Indian journal of veterinary science and animal husbandry - Volume 2,
Year: 1932
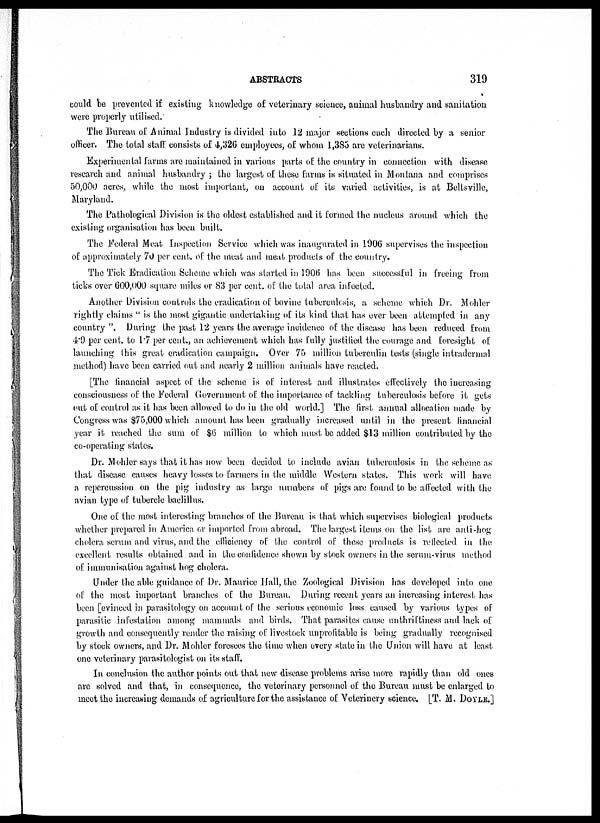
ABSTRACTS
319
could be prevented if existing knowledge of veterinary science, animal husbandry and sanitation
were properly utilised.
The Bureau of Animal Industry is divided into 12 major sections each directed by a senior
officer. The total stall consists of 4,326 employees, of whom 1,385 are veterinarians.
Experimental farms are maintained in various parts of the country in connection with disease
research and animal husbandry ; the largest of these farms is situated in Montana and comprises
50,000 acres, while the most important, on account of its varied activities, is at Beltsville,
Maryland.
The Pathological Division is the oldest established and it formed the nucleus around which the
existing organisation has been built.
The Federal Meat Inspection Service which was inaugurated in 1906 supervises the inspection
of approximately 70 per cent. of the meat and meat products of the country.
The Tick Eradication Scheme which was started in 1906 has been successful in freeing from
ticks over 600,000 square miles or 83 per cent. of the total area infected.
Another Division controls the eradication of bovine tuberculesis, a scheme which Dr. Mohler
rightly claims " is the most gigantic undertaking of its kind that has ever been attempted in any
country ". During the past 12 years the average incidence of the disease has been reduced from
4.9 per cent. to 1.7 per cent., an achievement which has fully justified the courage and foresight of
launching this great eradication campaign. Over 75 million tuberculin tests (single intradermal
method) have been carried out and nearly 2 million animals have reacted.
[The financial aspect of the scheme is of interest and illustrates effectively the increasing
consciousness of the Federal Government of the importance of tackling tuberculosis before it gets
out of control as it has been allowed to do in the old world.] The first annual allocation made by
Congress was $75,000 which amount has been gradually increased until in the present financial
year it reached the sum of $6 million to which must be added $13 million contributed by the
co-operating states.
Dr. Mohler says that it has now been decided to include avian tuberculosis in the scheme as
that disease causes heavy losses to farmers in the middle Western states. This work will have
a repercussion on the pig industry as large numbers of pigs are found to be affected with the
avian type of tubercle baclillus.
One of the most interesting branches of the Bureau is that which supervises biological products
whether prepared in America or imported from abroad. The largest items on the list are anti-hog
cholera serum and virus, and the efficiency of the control of these products is reflected in the
excellent results obtained and in the confidence shown by stock owners in the serum-virus method
of immunisation against hog cholera.
Under the able guidance of Dr. Maurice Hall, the Zoological Division has developed into one
of the most important branches of the Bureau. During recent years an increasing interest has
been [evinced in parasitology on account of the serious economic loss caused by various types of
parasitic infestation among mammals and birds. That parasites cause unthriftiness and lack of
growth and consequently render the raising of livestock unprofitable is being gradually recognised
by stock owners, and Dr. Mohler foresees the time when every state in the Union will have at least
one veterinary parasitologist on its staff.
In conclusion the author points out that new disease problems arise more rapidly than old ones
are solved and that, in consequence, the veterinary personnel of the Bureau must be enlarged to
meet the increasing demands of agriculture for the assistance of Veterinery science. [T. M. DOYLE.]